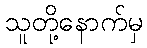
သူတို့နောက်မှ